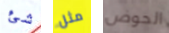
شئ مثل الحوض